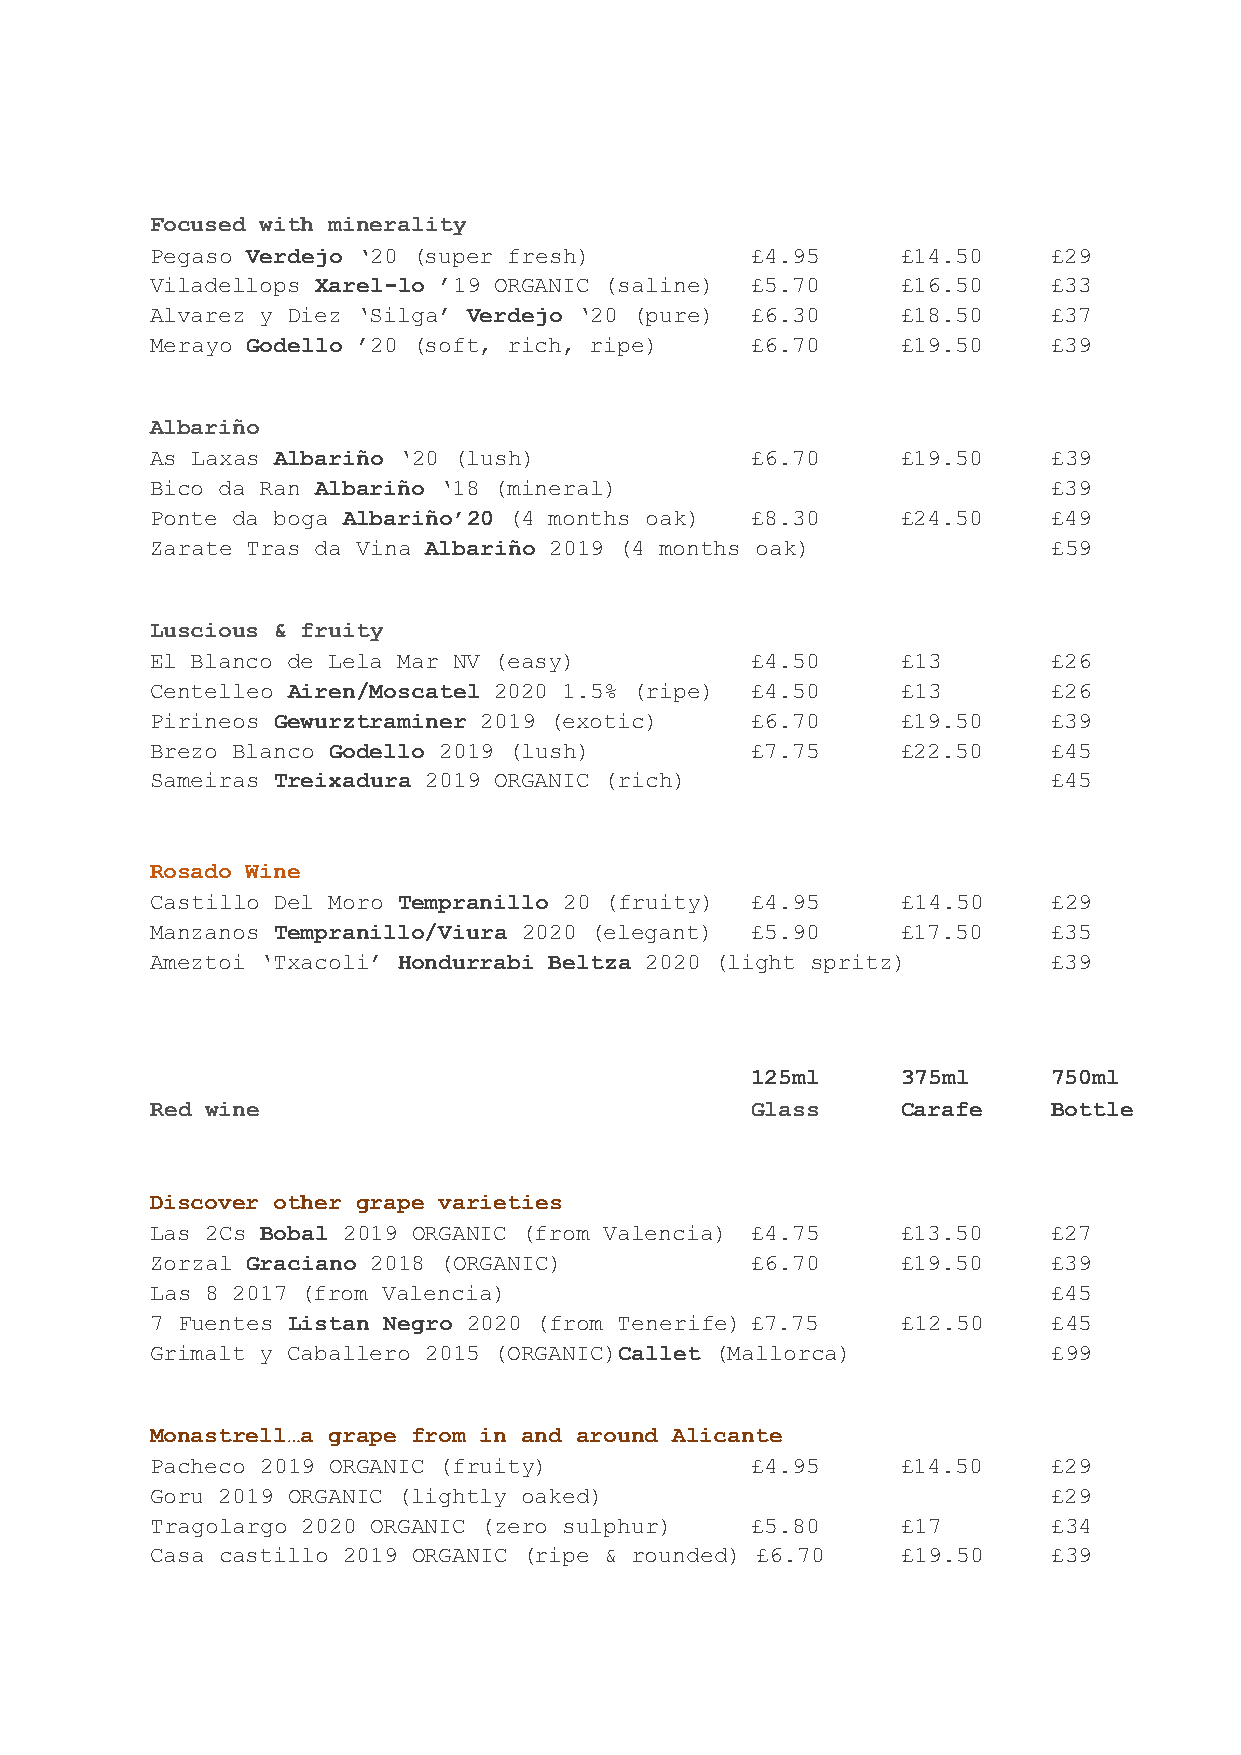
Focused with minerality
 Pegaso Verdejo ‘20 (super fresh)        £4.95     £14.50    £29
 Viladellops Xarel-lo ’19 ORGANIC (saline) £5.70   £16.50    £33
 Alvarez y Diez ‘Silga’ Verdejo ‘20 (pure) £6.30   £18.50    £37
 Merayo Godello ’20 (soft, rich, ripe)   £6.70     £19.50    £39
 Albariño
 As Laxas Albariño ‘20 (lush)            £6.70     £19.50    £39
 Bico da Ran Albariño ‘18 (mineral)                          £39
 Ponte da boga Albariño’20 (4 months oak) £8.30    £24.50    £49
 Zarate Tras da Vina Albariño 2019 (4 months oak)            £59
 Luscious & fruity
 El Blanco de Lela Mar NV (easy)         £4.50     £13       £26
 Centelleo Airen/Moscatel 2020 1.5% (ripe) £4.50   £13       £26
 Pirineos Gewurztraminer 2019 (exotic)   £6.70     £19.50    £39
 Brezo Blanco Godello 2019 (lush)        £7.75     £22.50    £45
 Sameiras Treixadura 2019 ORGANIC (rich)                     £45
 Rosado Wine
 Castillo Del Moro Tempranillo 20 (fruity) £4.95   £14.50    £29
 Manzanos Tempranillo/Viura 2020 (elegant) £5.90   £17.50    £35
 Ameztoi ‘Txacoli’ Hondurrabi Beltza 2020 (light spritz)     £39
 125ml     375ml     750ml
 Red wine                                Glass     Carafe    Bottle
 Discover other grape varieties
 Las 2Cs Bobal 2019 ORGANIC (from Valencia) £4.75  £13.50    £27
 Zorzal Graciano 2018 (ORGANIC)          £6.70     £19.50    £39
 Las 8 2017 (from Valencia)                                  £45
 7 Fuentes Listan Negro 2020 (from Tenerife) £7.75 £12.50    £45
 Grimalt y Caballero 2015 (ORGANIC)Callet (Mallorca)         £99
 Monastrell…a grape from in and around Alicante
 Pacheco 2019 ORGANIC (fruity)           £4.95     £14.50    £29
 Goru 2019 ORGANIC (lightly oaked)                           £29
 Tragolargo 2020 ORGANIC (zero sulphur)  £5.80     £17       £34
 Casa castillo 2019 ORGANIC (ripe & rounded) £6.70 £19.50    £39